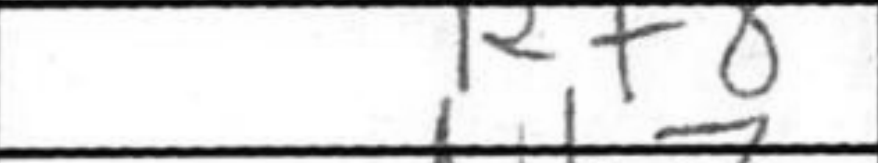
Transcription: Rf8